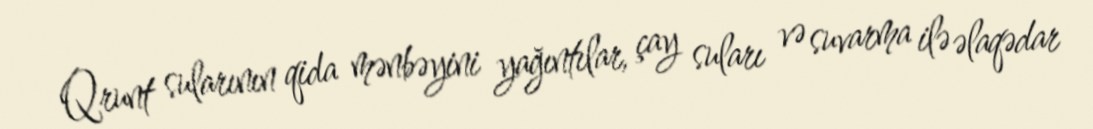
Qrunt sularının qida mənbəyini yağıntılar, çay suları və suvarma ilə əlaqədar